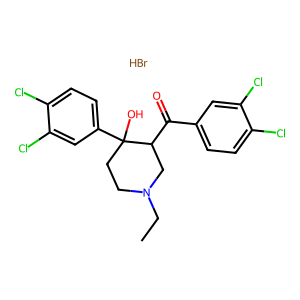
SMILES: Br.CCN1CCC(O)(c2ccc(Cl)c(Cl)c2)C(C(=O)c2ccc(Cl)c(Cl)c2)C1
Inhibits HIV replication: No